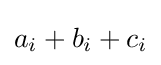
a_{i}+b_{i}+c_{i}